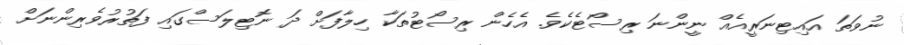
ނުވަތަ އައިޓިނަރީއެއް ނީންނަ ރިސޯޓެކެވެ. އެހެން ރިސޯޓުތަކާ ހިލާފަށް ދަ ނޮޓިލަސްގައި ފަތުރުވެރިންނަށް